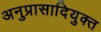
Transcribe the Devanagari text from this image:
अनुप्रासादियुक्त